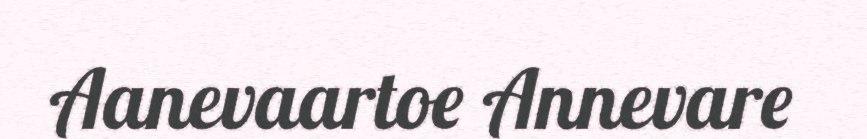
Aanevaartoe Annevare